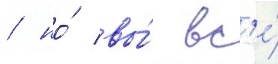
/ но́ вы́ вс'е́